Scottish Leaving Certificate Examination, 1956
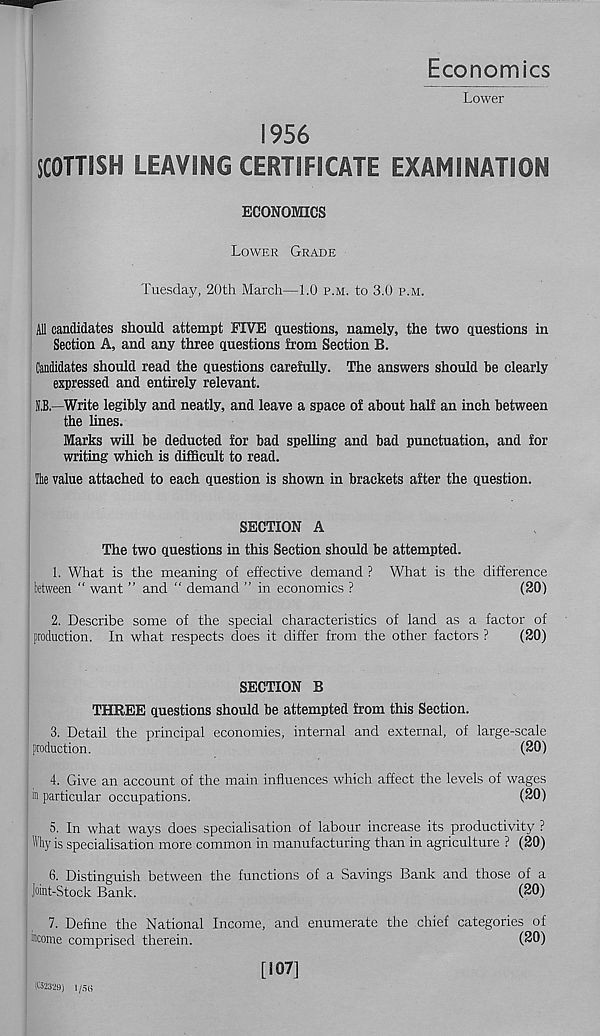
Economics
Lower
1956
SCOTTISH LEAVING CERTIFICATE EXAMINATION
ECONOMICS
Lower Grade
Tuesday, 20th March—1.0 p.m. to 3.0 p.m.
All candidates should attempt FIVE questions, namely, the two questions in
Section A, and any three questions from Section B.
Candidates should read the questions carefully. The answers should he clearly
expressed and entirely relevant.
O—Write legibly and neatly, and leave a space of about half an inch between
the lines.
Marks will be deducted for bad spelling and bad punctuation, and for
writing which is difficult to read.
The value attached to each question is shown in brackets after the question.
SECTION A
The two questions in this Section should be attempted.
1. What is the meaning of effective demand ? What is the difference
between “ want ” and “ demand ” in economics ?
(20)
2. Describe some of the special characteristics of land as a factor of
production. In what respects does it differ from the other factors ?
(20)
SECTION B
THREE questions should be attempted from this Section.
3. Detail the principal economies, internal and external, of large-scale
production.
(20)
4. Give an account of the main influences which affect the levels of wages
in particular occupations.
(20)
5. In what ways does specialisation of labour increase its productivity ?
Why is specialisation more common in manufacturing than in agriculture ? (20)
6. Distinguish between the functions of a Savings Bank and those of a
Joint-Stock Bank.
(20)
7. Define the National Income, and enumerate the chief categories of
income comprised therein.
(20)
.S2329j I /SB
[!07]